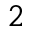
2